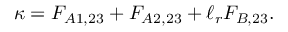
\kappa = F _ { A 1 , 2 3 } + F _ { A 2 , 2 3 } + \ell _ { r } F _ { B , 2 3 } .